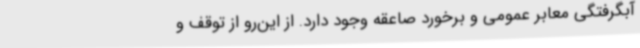
آبگرفتگی معابر عمومی و برخورد صاعقه وجود دارد. از این‌رو از توقف و